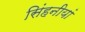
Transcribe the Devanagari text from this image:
सिंहनीयां